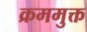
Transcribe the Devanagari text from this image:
क्रममुक्त